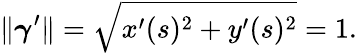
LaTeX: \| {\boldsymbol{\gamma}}^{\prime}\| ={\sqrt{x^{\prime}(s)^{2}+y^{\prime}(s)^{2}}}=1.